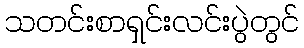
သတင်းစာရှင်းလင်းပွဲတွင်